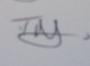
Signature authenticity: genuine